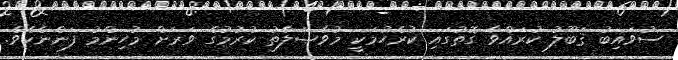
ސުވައިބު ޤަބޫލު ކުރައްވާ ގޮތުގައި ކުރެހުމަކީ މުވާޞަލާތު ކުރުމުގެ ވަރަށް މުހިންމު ފަންނެކެވެ.